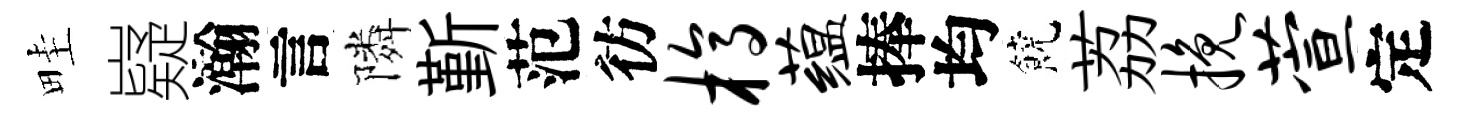
畦嶷瀚言隣斳范彷槁蕴捧均饒荔挽萱定